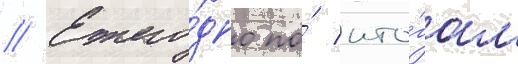
// Ежего́дно по́ ито́гам